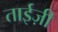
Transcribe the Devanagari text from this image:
ताईज़ी